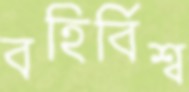
বহির্বিশ্ব